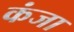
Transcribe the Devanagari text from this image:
कंजा